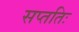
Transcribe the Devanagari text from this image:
सप्ततिः